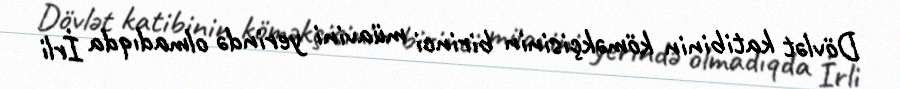
Dövlət katibinin köməkçisinin birinci müavini yerində olmadıqda İrli